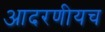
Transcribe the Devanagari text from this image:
आदरणीयच